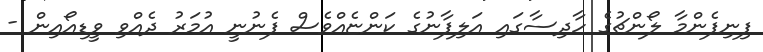
ފިނިފެންމާ ލޯންޗުގެ ހާދިސާގައި އަލިފާނުގެ ކަންޏެއްވެސް ފެނުނީ އުމަރު ދެއްވި ވީޑިއޯއިން -